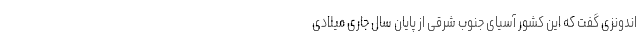
اندونزی گفت که این کشور آسیای جنوب شرقی از پایان سال جاری میلادی